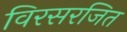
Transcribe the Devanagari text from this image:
विरसरजित